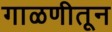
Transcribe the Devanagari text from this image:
गाळणीतून